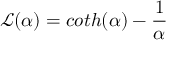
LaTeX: { \mathcal { L } } ( \alpha ) = c o t h ( \alpha ) - { \frac { 1 } { \alpha } }